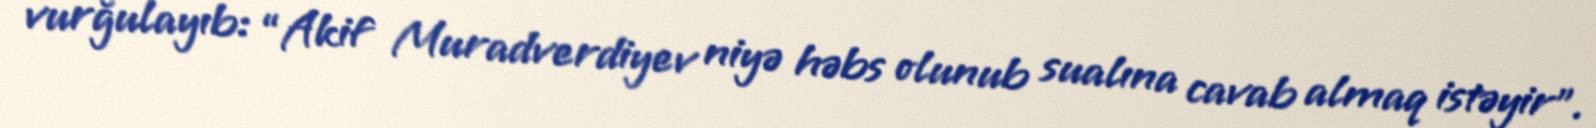
vurğulayıb: “Akif Muradverdiyev niyə həbs olunub sualına cavab almaq istəyir”.